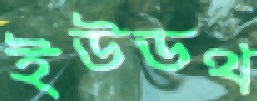
ইউডথ